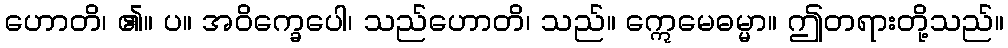
ဟောတိ၊ ၏။ ပ။ အဝိက္ခေပေါ၊ သည်ဟောတိ၊ သည်။ ဣေမေဓမ္မာ။ ဤတရားတို့သည်။